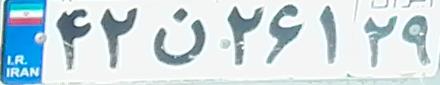
۴۲ن۲۶۱۲۹